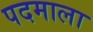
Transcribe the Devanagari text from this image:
पदमाला